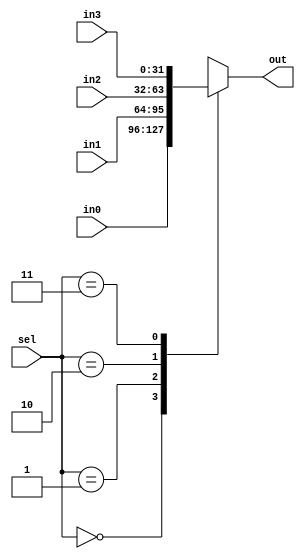
// This program was cloned from: https://github.com/MihVuongNguyen/RISC-V
// License: Apache License 2.0

module mux4 #(
    parameter DATA_WIDTH = 32
) (
    input [DATA_WIDTH - 1 : 0] in0, in1, in2, in3,
    input [1:0] sel,
    output reg [DATA_WIDTH - 1 : 0] out
);

always @(*) begin
    case (sel)
        2'b00 : out = in0 ;
        2'b01 : out = in1;
        2'b10 : out = in2;
        2'b11 : out = in3;
    endcase
end
    
endmodule